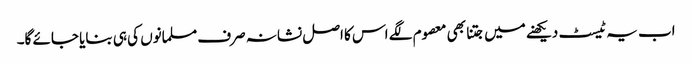
اب یہ ٹیسٹ دیکھنے میں جتنا بھی معصوم لگے اس کا اصل نشانہ صرف مسلمانوں کی ہی بنایا جائے گا۔